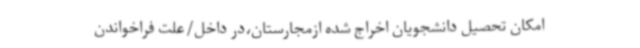
امکان تحصیل دانشجویان اخراج شده ازمجارستان،در داخل/علت فراخواندن